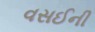
વસઈની